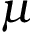
\mu